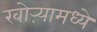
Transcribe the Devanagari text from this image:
खोऱ्यामध्ये